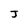
Character: J